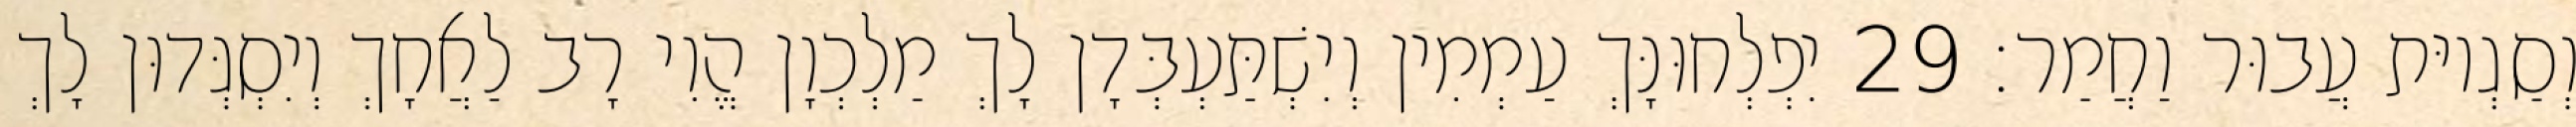
וְסַגְיוּת עֲבוּר וַחֲמַר׃ 29 יִפְלְחוּנָּךְ עַמְמִין וְיִשְׁתַּעְבְּדָן לָךְ מַלְכְוָן הֱוִי רָב לַאֲחָךְ וְיִסְגְּדוּן לָךְ